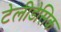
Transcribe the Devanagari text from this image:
टेलीडेसिक